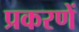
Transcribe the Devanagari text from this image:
प्रकरणें